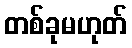
တစ်ခုမဟုတ်